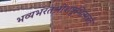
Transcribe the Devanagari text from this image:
भव्यभरतश्रीशत्रुभित्सन्नते